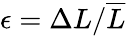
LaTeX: \epsilon=\Delta L/\overline{{L}}